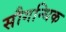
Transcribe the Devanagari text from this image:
सौगन्धिक